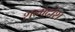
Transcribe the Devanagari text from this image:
शब्गदांश